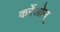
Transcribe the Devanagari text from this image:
कर्रेओन्